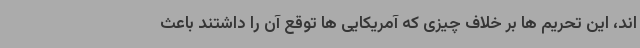
اند، این تحریم ها بر خلاف چیزی که آمریکایی ها توقع آن را داشتند باعث